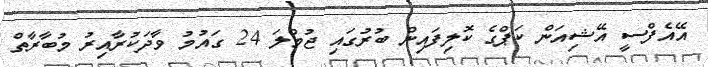
އޭއެފްސީ އޭޝިއަން ކަޕްގެ ކޮލިފައިން ބުރުގައި ޖުމްލަ 24 ގައުމު ވާދަކުރާއިރު މުބާރާތް